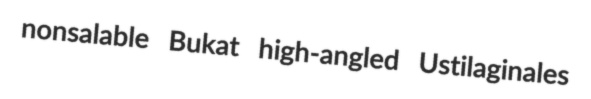
nonsalable Bukat high-angled Ustilaginales